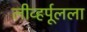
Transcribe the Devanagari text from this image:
लीव्हर्पूलला